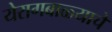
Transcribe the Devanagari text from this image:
येरागबाळ्याचे